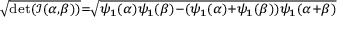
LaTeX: \scriptstyle { \sqrt { \operatorname* { d e t } ( { \mathcal { I } } ( \alpha , \beta ) ) } } = { \sqrt { \psi _ { 1 } ( \alpha ) \psi _ { 1 } ( \beta ) - ( \psi _ { 1 } ( \alpha ) + \psi _ { 1 } ( \beta ) ) \psi _ { 1 } ( \alpha + \beta ) } }